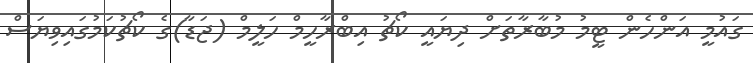
ގައުމީ އަންހެން ޓީމު މުބާރާތަށް ދިޔައީ ކޯޗު އިބްރާހީމް ހަލީމް (ޖަޑާ)ގެ ކޯޗުކަމުގައިވިޔަސް